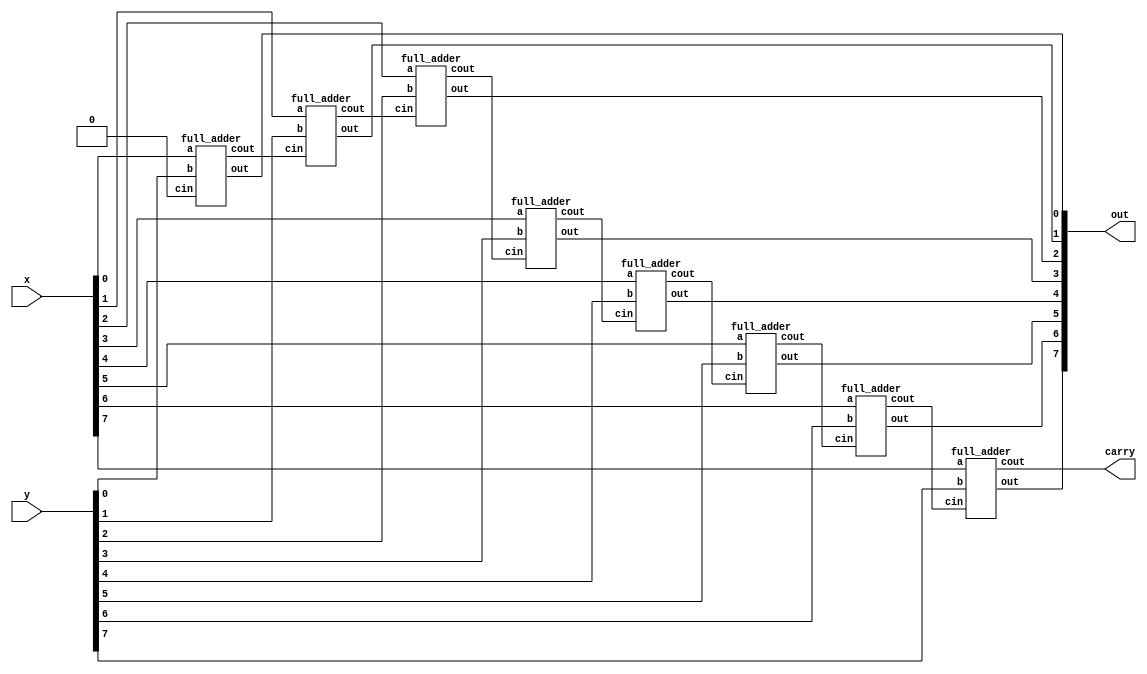
module adder_gate(x, y, carry, out);
input [7:0] x, y;
output carry;
output [7:0] out;

/*Write your code here*/
wire [6:0] temp;

full_adder FA1(.a(x[0]),.b(y[0]),.cin(1'b0),.cout(temp[0]),.out(out[0]));
full_adder FA2(.a(x[1]),.b(y[1]),.cin(temp[0]),.cout(temp[1]),.out(out[1]));
full_adder FA3(.a(x[2]),.b(y[2]),.cin(temp[1]),.cout(temp[2]),.out(out[2]));
full_adder FA4(.a(x[3]),.b(y[3]),.cin(temp[2]),.cout(temp[3]),.out(out[3]));
full_adder FA5(.a(x[4]),.b(y[4]),.cin(temp[3]),.cout(temp[4]),.out(out[4]));
full_adder FA6(.a(x[5]),.b(y[5]),.cin(temp[4]),.cout(temp[5]),.out(out[5]));
full_adder FA7(.a(x[6]),.b(y[6]),.cin(temp[5]),.cout(temp[6]),.out(out[6]));
full_adder FA8(.a(x[7]),.b(y[7]),.cin(temp[6]),.cout(carry),.out(out[7]));

/*End of code*/

endmodule

module full_adder(a,b,cin,cout,out);
input a,b,cin;
output cout;
output out;

wire temp1,temp2,temp3;

and #1 AND1(temp1,cin,a);
and #1 AND2(temp2,a,b);
and #1 AND3(temp3,cin,b);
or  #1 OR1(cout,temp1,temp2,temp3);
xor #1 XOR1(out,a,b,cin);

endmodule